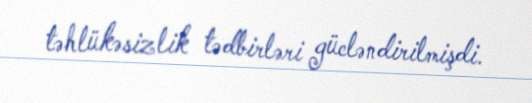
təhlükəsizlik tədbirləri gücləndirilmişdi.